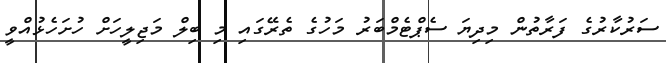
ސަރުކާރުގެ ފަރާތުން މިދިޔަ ސެޕްޓެމްބަރު މަހުގެ ތެރޭގައި މި ބިލް މަޖިލީހަށް ހުށަހެޅުއްވީ